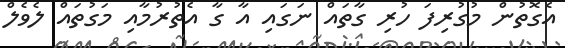
އެގޮތުން މުގުރިފަ ހުރި ގާތައް ނަގައި އާ ގާ އެތުރުމާއި މަގުތައް ލެވެލް